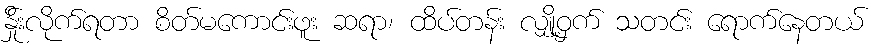
န်ှိုးလိုက်ရတာ စိတ်မကောင်းဖူး ဆရာ၊ ထိပ်တန်း လျှို့ဝှက် သတင်း ရောက်နေတယ်